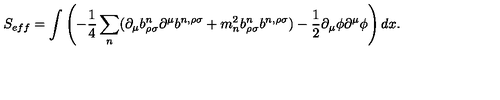
S _ { e f f } = \int \left( - \frac { 1 } { 4 } \sum _ { n } ( \partial _ { \mu } b _ { \rho \sigma } ^ { n } \partial ^ { \mu } b ^ { n , \rho \sigma } + { m _ { n } ^ { 2 } } b _ { \rho \sigma } ^ { n } b ^ { n , \rho \sigma } ) - \frac { 1 } { 2 } \partial _ { \mu } \phi \partial ^ { \mu } \phi \right) d x .